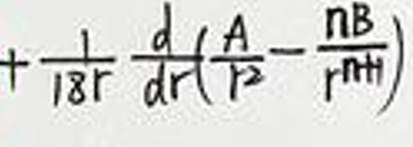
\(+ \frac{1}{18r} \frac{d}{dr} ( \frac{A}{r^2} - \frac{nB}{r^{n+1}} )\)